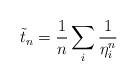
LaTeX: \begin{align*}\tilde t_n=\frac{1}{n}\sum_i\frac{1}{\eta_i^n}\end{align*}